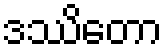
ဒဿိတော